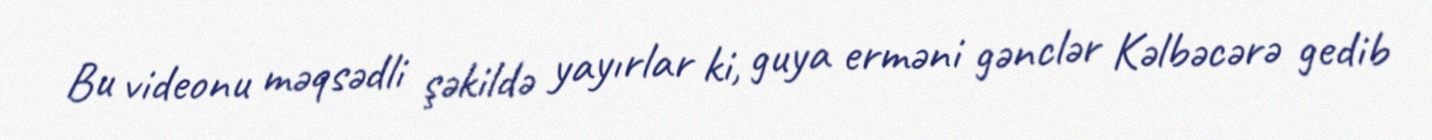
Bu videonu məqsədli şəkildə yayırlar ki, guya erməni gənclər Kəlbəcərə gedib